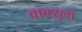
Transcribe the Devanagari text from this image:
वाक्यूम